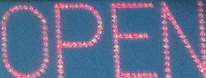
OPEN